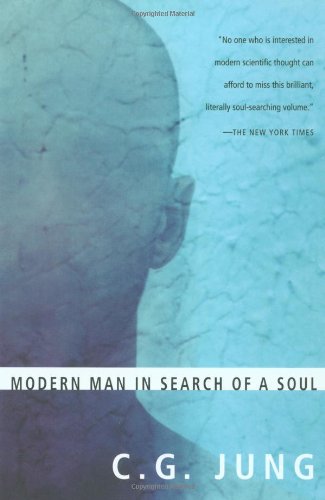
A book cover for Modern Man in Search of a Soul; C.G. Jung; Medical Books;